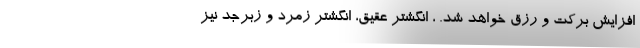
افزایش برکت و رزق خواهد شد. ، انگشتر عقیق، انگشتر زمرد و زبرجد نیز